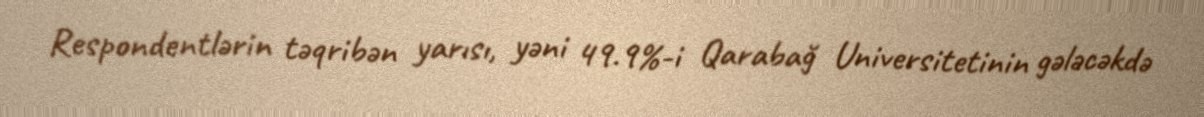
Respondentlərin təqribən yarısı, yəni 49.9%-i Qarabağ Universitetinin gələcəkdə